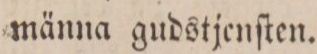
männa gudstjenſten.